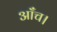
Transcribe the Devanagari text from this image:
आँच।